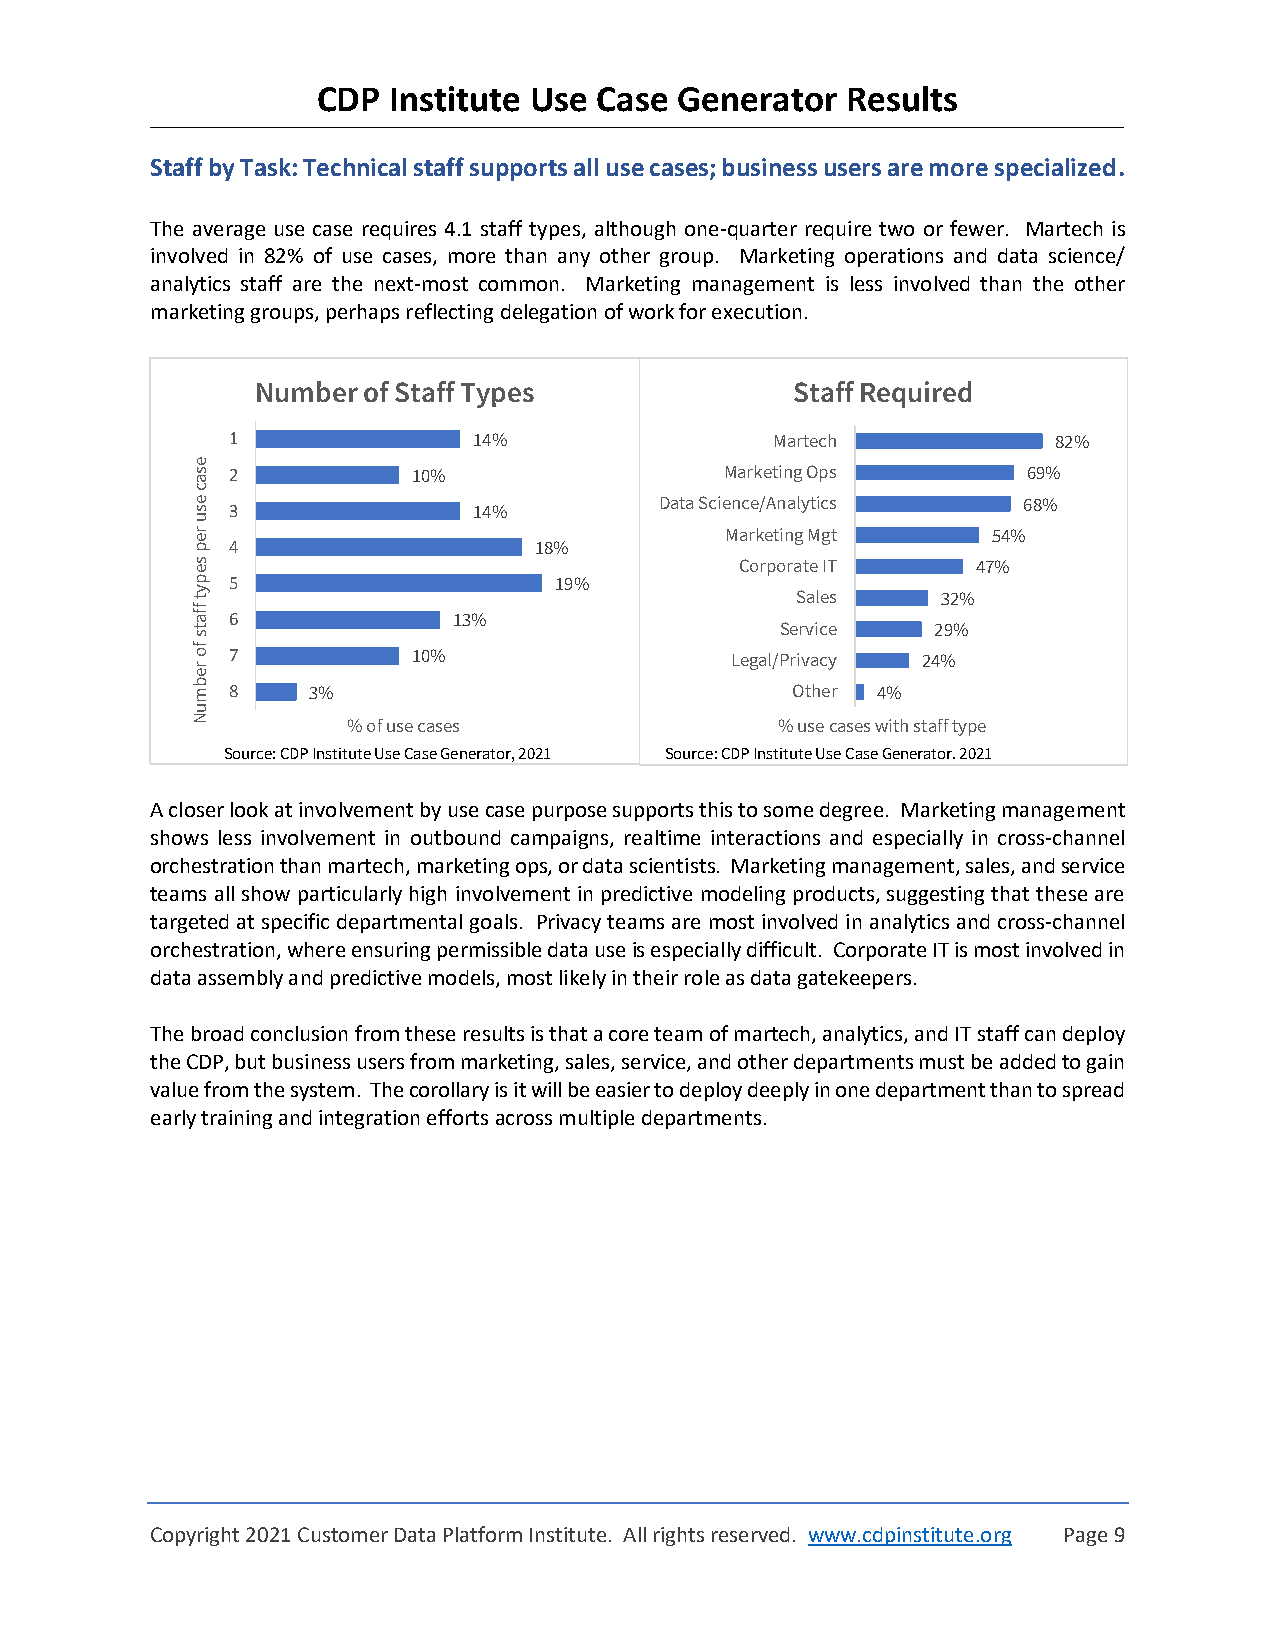
CDP  Institute Use Case Generator  Results
 Staff by Task: Technical staff supports all use cases; business users are more specialized.
 The average use case requires 4.1 staff types, although one-quarter require two or fewer. Martech is
 involved in 82% of use cases, more than any other group. Marketing operations and data science/
 analytics staff are the next-most common. Marketing management is less involved than the other
 marketing groups, perhaps reflecting delegation of work for execution.
 Number of Staff Types               Staff Required
 1               14%                 Martech            82%
 e
 s a 2         10%                  Marketing Ops       69%
 c
 e s 3             14%          Data Science/Analytics  68%
 u
 r e p 4               18%          Marketing Mgt     54%
 s e                                 Corporate IT    47%
 p 5                     19%
 y t                                     Sales    32%
 ffa
 6              13%
 ts                                     Service   29%
 fo
 r
 7           10%                  Legal/Privacy 24%
 e
 b
 m 8    3%                              Other 4%
 u
 N         % of use cases               % use cases with staff type
 Source: CDP Institute Use Case Generator,2021 Source:CDP Institute Use Case Generator, 2021
 A closer look at involvement by use case purpose supports this to some degree. Marketing management
 shows less involvement in outbound campaigns, realtime interactions and especially in cross-channel
 orchestration than martech, marketing ops, or data scientists. Marketing management, sales, and service
 teams all show particularly high involvement in predictive modeling products, suggesting that these are
 targeted at specific departmental goals. Privacy teams are most involved in analytics and cross-channel
 orchestration, where ensuring permissible data use is especially difficult. Corporate IT is most involved in
 data assembly and predictive models, most likely in their role as data gatekeepers.
 The broad conclusion from these results is that a core team of martech, analytics, and IT staff can deploy
 the CDP, but business users from marketing, sales, service, and other departments must be added to gain
 value from the system. The corollary is it will be easier to deploy deeply in one department than to spread
 early training and integration efforts across multiple departments.
 Copyright 2021 Customer Data Platform Institute. All rights reserved. www.cdpinstitute.org Page 9